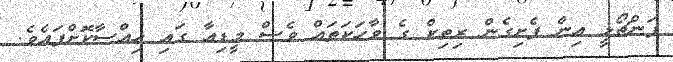
ޕަންޗޯޅީ އިން ފެށިގެން ރިތިކް ގެ ވާހަކަތައް ވެސް މީޑިއާ ގައި ހިއްސާކޮށްފައެވެ.